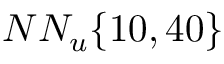
N N _ { u } \{ 1 0 , 4 0 \}